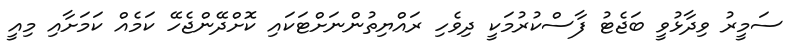
ސަމީރު ވިދާޅުވީ ބަޖެޓު ފާސްކުރުމަކީ ދިވެހި ރައްޔިތުންނަށްޓަކައި ކޮށްދޭންޖެހޭ ކަމެއް ކަމަށާއި މިއީ